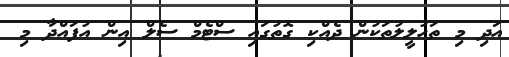
އަދި މި ތަހުލީލުތަކުން ދެއްކި ގޮތުގައި ސްޓެމް ސެލް އިން އުފައްދާ މި